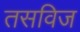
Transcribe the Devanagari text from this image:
तसविज